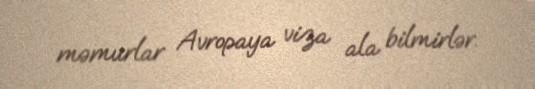
məmurlar Avropaya viza ala bilmirlər.